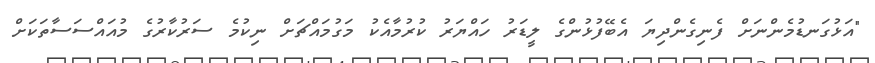
"އަޅުގަނޑުމެންނަށް ފެނިގެންދިޔަ އެބޭފުޅުންގެ ލީޑަރު ހައްޔަރު ކުރުމާއެކު މަގުމައްޗަށް ނިކުމެ ސަރުކާރުގެ މުއައްސަސާތަކަށް